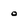
Character: o